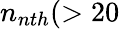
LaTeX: n_{nth}(>20